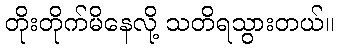
တိုးတိုက်မိနေလို့ သတိရသွားတယ်။